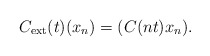
\begin{align*} C_{\mathrm{ext}}(t) (x_n) = (C(nt) x_n). \end{align*}